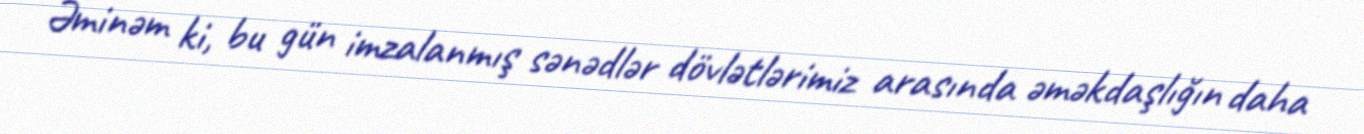
Əminəm ki, bu gün imzalanmış sənədlər dövlətlərimiz arasında əməkdaşlığın daha